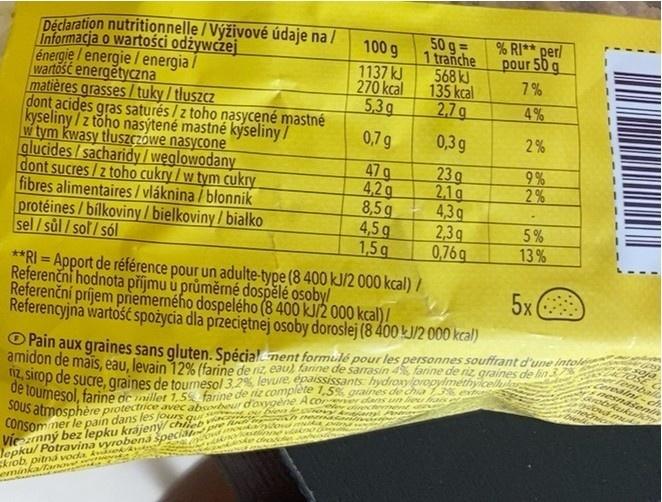
Déclaration nutritionnelle / Výživové údaje na / Informacja o wartości odźywczej énergie / energie/ energia / wartosć energětyczna matières grasses / tuky / tluszcz dont acides gras saturés / z toho nasycené mastné kyseliny/z toho nasýtené mastné kýseliny/ w tym kwasy tluszczówe nasycone glucides/sacharidy/węglowodany dont sucres/z toho cukry / w tym cukry fibres alimentaires/ vláknina / blonnik protéines/bílkoviny / bielkoviny/bialłko sel/sůl / sof/sól
50 g= 1 tranche 568 kJ 135 kcal 2,7g
% RI* per/ pour 50 g
100 g 1137 kJ 270 kcal 5.3g
7%
4%
0,7 g
0,3 g
2%
47g 4,2g 8,5 g 4,5 g 1,5g
9% 2 %
23g 2,1g 4,3g 2,3q 0,76g
5%
13 %
**RI = Apport de référence pour un adulte-type (8 400 kJ/2 000 kcal) / Referenčni hodnota příjmu u průměrné dospělé osoby/ Referenční príjem priemerného dospelého (8 400 kJ/2 000 kcal)/ Referencyjna wartość spożycia dla przeciętnej osoby doroslej (8 400kJ/2 000 kcal)
%3D
5x
O Pain aux graines sans gluten. Spécial nent formulé pour les personnes souffrant d'une intole dinidon de mais, eau, levain 12% (farine de iz, eau), farine de sarrasin 4%, farine de riz graines de lin 3 de op de sucre, graines de tournesol 3,2%, levure eoaississants: hydroxylpropylmethyicelkukar de tounesol, farine de zaillet 1 55 arine de riz complète 1,5% graines de chia ous atmosphère protectrice avec absorbeur d'oxygene A con r dans un beu hae Consommer le pain dans les jours qu s Viezrnný bez lepku krájený chileb Jepku/ Potravina vyrobená speca pe
femball reaini-ch
snasenti
nech Diell
Mr dinectement
skiob pitna voda Aek eminka/arnove